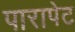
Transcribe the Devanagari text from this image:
पारापेट